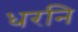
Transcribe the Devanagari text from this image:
धरनि